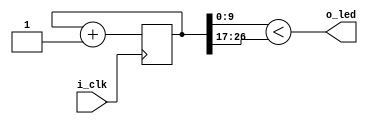
module blinky(i_clk, o_led);
    input wire  i_clk;
    output wire o_led;
    parameter   WIDTH = 27;

    reg [WIDTH-1:0] counter;

    initial begin
        counter = 0;
    end

    always @(posedge i_clk)
    begin
        counter <= counter + 1'b1;
    end

    assign o_led = (counter[9:0] < counter[WIDTH-1:WIDTH-10]);
endmodule